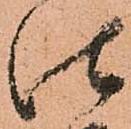
仕